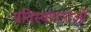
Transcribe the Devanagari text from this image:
प्रतिस्थापनाओं